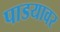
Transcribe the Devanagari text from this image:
पाडयावर